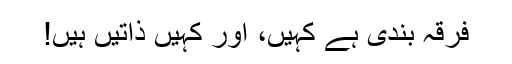
فرقہ بندی ہے کہیں، اور کہیں ذاتیں ہیں!